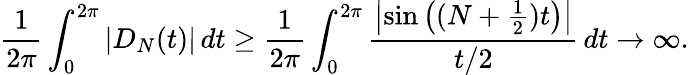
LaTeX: {\frac{1}{2\pi}}\int_{0}^{2\pi}|D_{N}(t)|\, dt\geq{\frac{1}{2\pi}}\int_{0}^{2\pi}{\frac{\left|\sin\left((N+{\frac{1}{2}})t\right)\right|}{t/2}}\, dt\to\infty.